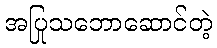
အပြုသဘောဆောင်တဲ့